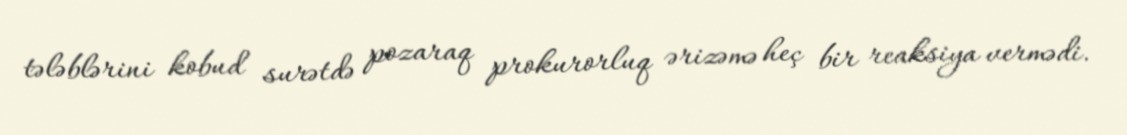
tələblərini kobud surətdə pozaraq prokurorluq ərizəmə heç bir reaksiya vermədi.